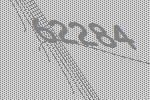
62284